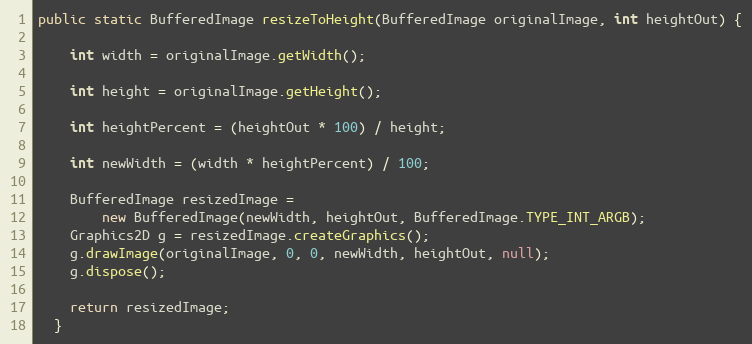
Language: Java
public static BufferedImage resizeToHeight(BufferedImage originalImage, int heightOut) {

    int width = originalImage.getWidth();

    int height = originalImage.getHeight();

    int heightPercent = (heightOut * 100) / height;

    int newWidth = (width * heightPercent) / 100;

    BufferedImage resizedImage =
        new BufferedImage(newWidth, heightOut, BufferedImage.TYPE_INT_ARGB);
    Graphics2D g = resizedImage.createGraphics();
    g.drawImage(originalImage, 0, 0, newWidth, heightOut, null);
    g.dispose();

    return resizedImage;
  }